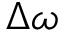
\Delta { \omega }